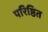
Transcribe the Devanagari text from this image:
परिष्ठित